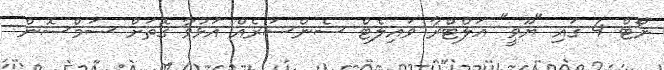
ނޯޓް 4 ގައި "ޔޫވީ" އަލްޓްރާ ވައިލެޓް ސެންސަރެއް އަޅުވާ ގޮތަށް ސަމްސޮން